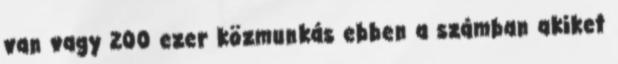
van vagy 200 ezer közmunkás ebben a számban akiket